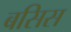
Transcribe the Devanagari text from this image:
बसिस